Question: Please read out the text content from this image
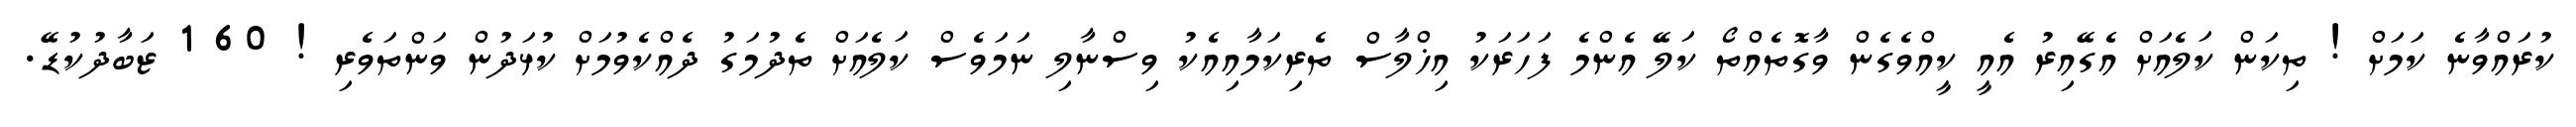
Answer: ކުރައްވާނެ ކަމަށް ! ތިކަން ކަލެއަށް އެގޭއިރު އެއީ ކީއްވެގެން ވާގޮތެއްތޯ ކަލޭ އެންމެ ފަހަރަކު އިޚްލާސް ތެރިކަމާއިއެކު ވިސްނާލި ނަމަވެސް ކަލެއަށް ތެދުމަގު ދެއްކެވުމަށް ކުޅަދުން ވަންތަވެރި ! 60 1 ޒަބާދުކުޑޭ.